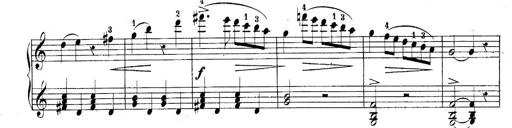
Title: 10 Sonatines progressives
Composer: Anton Schmoll